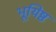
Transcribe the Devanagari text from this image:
भूयिष्ठ